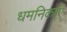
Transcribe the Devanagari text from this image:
धमनिकाएं